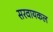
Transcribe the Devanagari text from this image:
सरवायकल